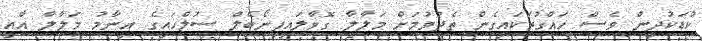
ކުޑަކުދިން ވެސް ހައްގުތަކައިގެން ތެދުވުމަށް މަލާލާ ގޮވާލައިފިނޯބެލް ސުލްހައިގެ އިނާމު މަލާލާ އާއި